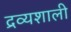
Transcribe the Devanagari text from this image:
द्रव्यशाली